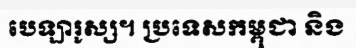
បេឡារូស្ស។ ប្រទេសកម្ពុជា និង